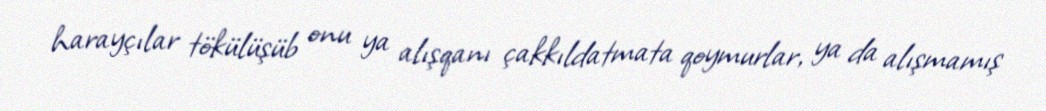
harayçılar tökülüşüb onu ya alışqanı çakkıldatmata qoymurlar, ya da alışmamış